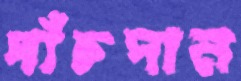
পাঁচপান